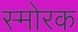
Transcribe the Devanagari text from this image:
स्माेरक